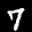
Label: 7